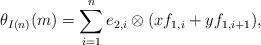
LaTeX: \begin{align*}\theta_{I(n)}(m)=\sum\limits_{i=1}^n e_{2,i} \otimes (xf_{1,i} + yf_{1,i+1}),\end{align*}